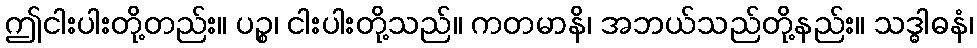
ဤငါးပါးတို့တည်း။ ပဉ္စ၊ ငါးပါးတို့သည်။ ကတမာနိ၊ အဘယ်သည်တို့နည်း။ သဒ္ဓါဓနံ၊